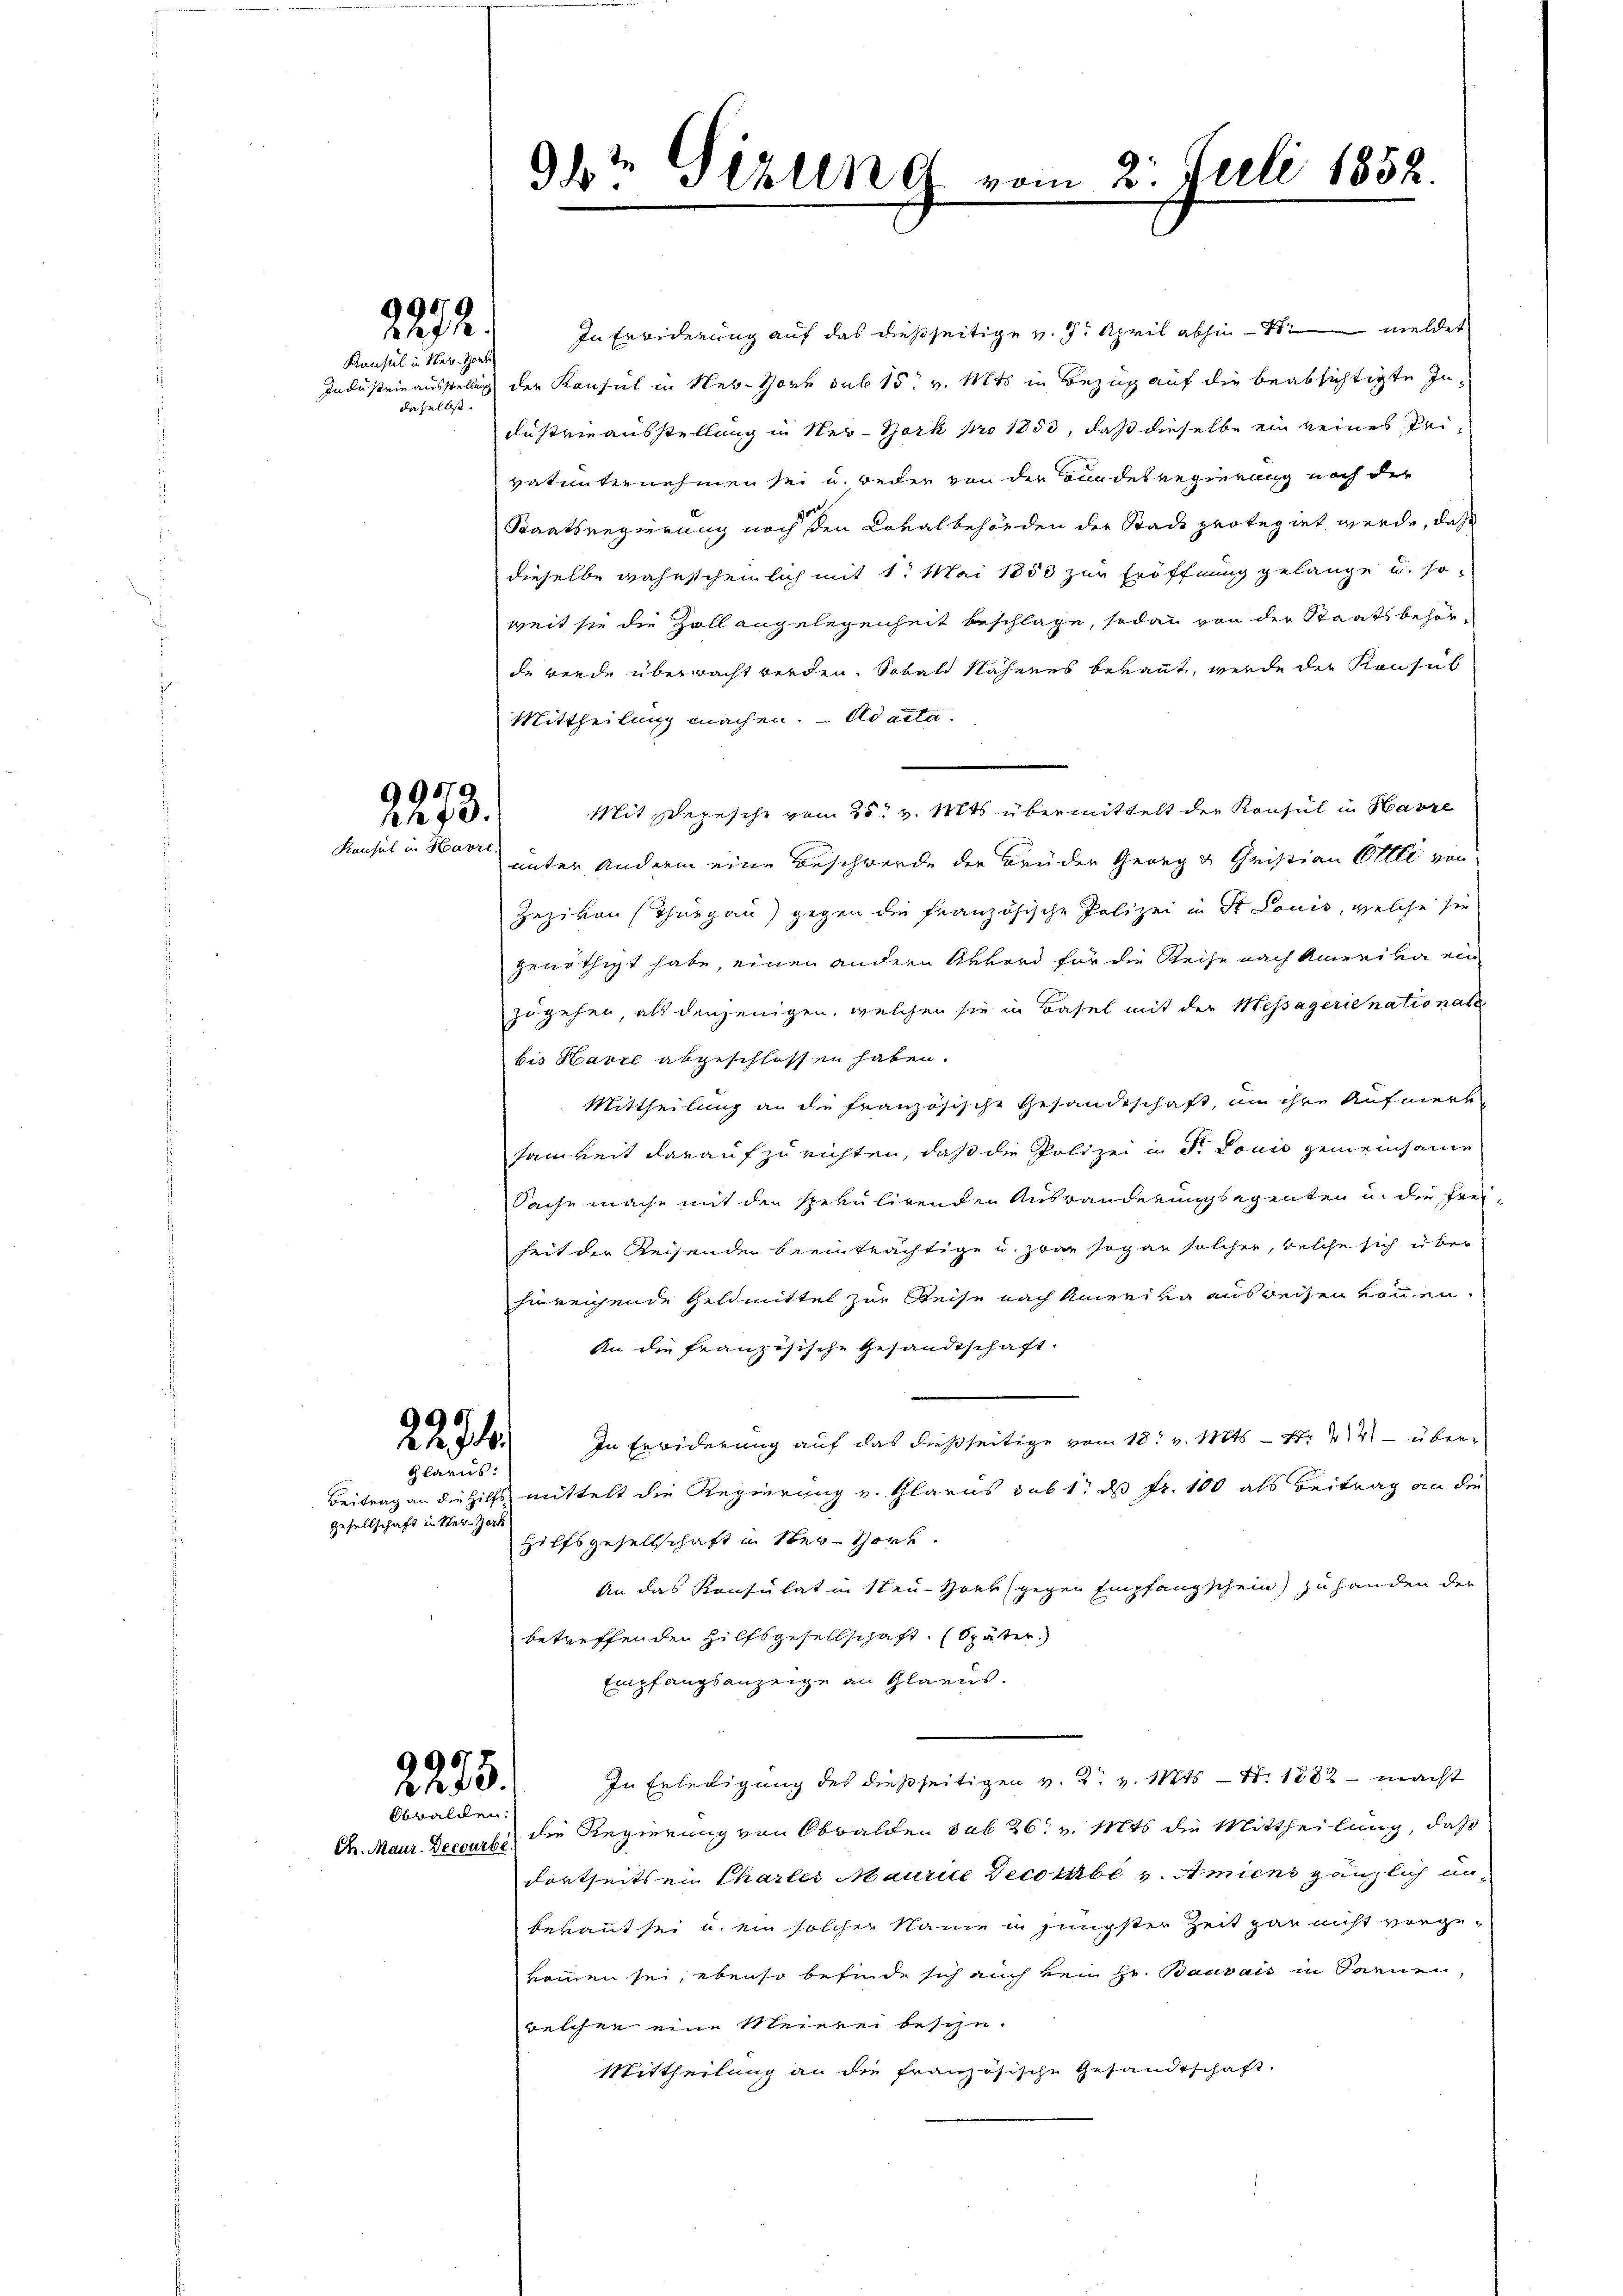
Konsul in Seb. Horb
daselbst.

995.
An 73.
Konsul in Havre,

2272.

2294.
Glarus.

In Erwiderung auf das dießseitige v. 7. April abhin - Semeldet
Indesteinausstellung der Konsul in Nestore sub 15. v. Mts in Bezug auf die beabsichtigte In¬
Fustrieausstellung in New-York pro 1850, daß dieselbe ein keines Privatunternehmen sei u. weder von der Bundes Regierung noch die
Staatsregierung noch den Coralbehörden der Stadt protegirt werde, daß
dieselbe wahnscheinlich mit 1. Mai 1853 zur Eröffnung gelange u. so
weit sie die Zoll angelegenheit beschlage, sodann von der Staatsbehörde werde überwacht werden. Sobald Nahenes beraut, werde die Konsul
Mittheilung machen. - Adacta.
Mit Depesche vom 25t v. Mts. übermittelt der Konsul in Havre
unter andern eine Beschwerde der Brüder Georg u Christian Elle von
Zeziven Thurgau) gegen die französische Polizei in St. Louis, welche sie
genöthigt habe, einen andern Akkord für die Reise nach Amerika ein
zugehen, als denjenigen, welchen sie in Basel mit der Messägerienationate
bis Havre abgeschlossen haben.
Mittheilung an die französische Gesandtschaft, um ihre Aufmerksamkeit darauf zu richten, daß die Polizei in d. Louis gemeinsame
Sache mache mit den spekulirenden Auswanderungsegenten u. die Frei-
heit der Reisenden beeinträchtige u. zwar sogar solcher, welche sich über
hinreichende Geldmittel zur Reise nach Amerika ausweisen können.
An die französische Gesandtschaft.
In Erwiderung auf das dießseitige vom 18t v. Mts. S. 44 über¬
Beitrag an die Hilfsmittelt die Regierung v. Glarus sub 1. ds Fr. 100 als Beitrag an die
Hilfsgesellschaft in Ster-Hört.
An das Konsulat in Neu-Horb gegen Empfangschein) zu handen der
betreffenden Hilfsgesellschaft. Später
Empfangsanzeige an Glarus.
In Erledigung des dießseitigen v. 2. v. Mts. S. 1882 - macht
die Regierung von Obwalden sub 26. v. Mts. die Mittheilung, daß
dortseitsein Charles Maurice Decembr v. Amiens gänzlich anberaut sei u. ein solcher Name in jüngster Zeit gar nicht vorgekommen sei, ebenso befinde sich auch von Hr. Bauvais in Sarnen,
welcher eine Meierei beson-
Mittheilung an die französische Gesandtschaft.

Gesellschaft in Ster Zerk

57
2253.
Obwalden.

Ch. Maur. Decourbi

9t Sizung

vom 2. Juli 1852.
e